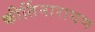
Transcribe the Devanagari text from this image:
कीर्तिनारायण